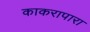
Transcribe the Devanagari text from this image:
काकरापारा